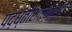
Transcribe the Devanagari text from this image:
पद्ध्तीशास्त्राचं